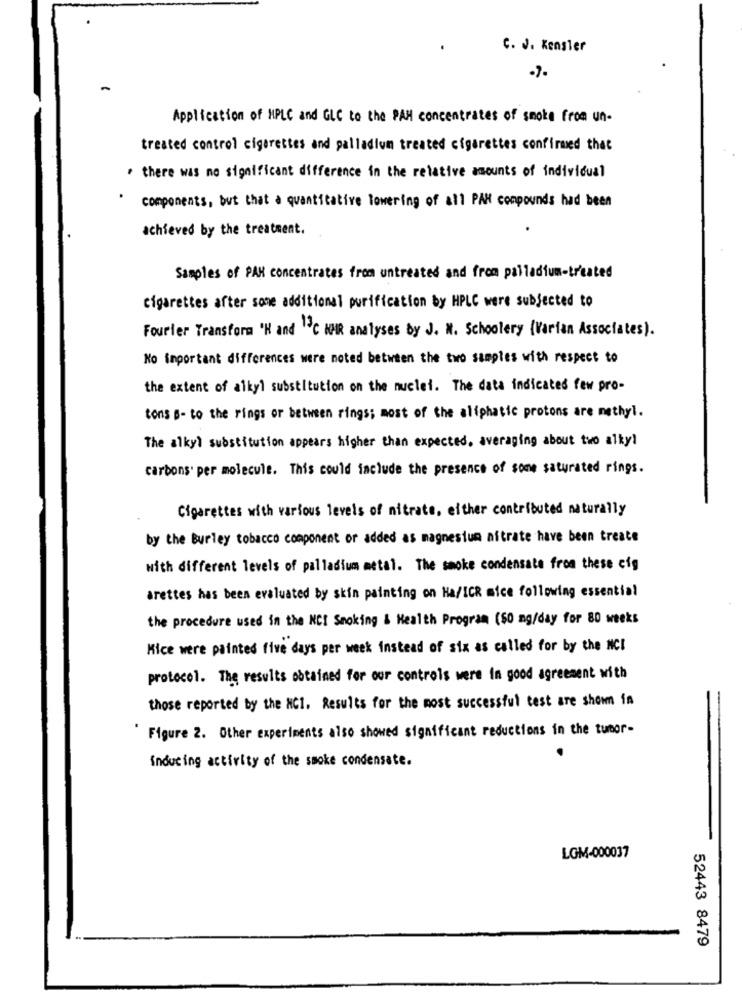
C. J. Kensler
.7.
Application of HPLC and GLC to the PAM concentrates of smoke from un.
treated control cigarettes and palladium treated cigarettes confirmed that
. there was no significant difference in the relative amounts of individual
components, but that a quantitative lowering of all PAN compounds had been
achieved by the treatment.
Samples of PAK concentrates from untreated and from palladium-treated
cigarettes after some additional purification by HPLC were subjected to
Fourier Transform 'H and 1 C KHR analyses by J. M. Schoolery (Varian Associates).
No important differences were noted between the two samples with respect to
the extent of alkyl substitution on the nuclei. The data indicates few pro-
tons B- to the rings or between rings; most of the aliphatic protons are methyl.
The alkyl substitution appears higher than expected, averaging about two alky!
carbons per molecule. This could include the presence of some saturated rings.
Cigarettes with various levels of nitrate, either contributed naturally
by the Burley tobacco component or added as magnesium nitrate have been treate
with different levels of palladium metal. The smoke condensate from these cig
arettes has been evaluated by skin painting on Ha/ICR mice following essential
the procedure used in the NCI Smoking & Health Program (50 mg/day for 80 weeks
Mice were painted five days per week instead of six as called for by the NCI
protocol. The results obtained for our controls were in good agreement with
those reported by the NCI. Results for the most successful test are shown in
Figure 2. Other experiments also showed significant reductions in the tumor-
inducing activity of the smoke condensate.
LGM-000037
52443 8479